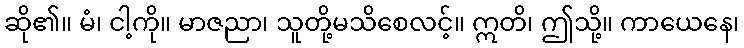
ဆို၏။ မံ၊ ငါ့ကို။ မာဇညာ၊ သူတို့မသိစေလင့်။ ဣတိ၊ ဤသို့။ ကာယေနေ၊